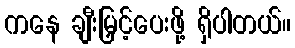
ကနေ ချီးမြှင့်ပေးဖို့ ရှိပါတယ်။